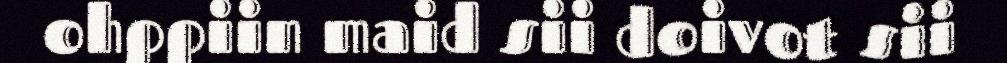
ohppiin maid sii doivot sii